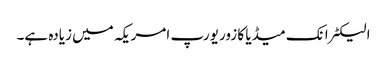
الیکٹرانک میڈیا کا زور یورپ امریکہ میں زیادہ ہے۔